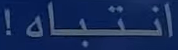
انتباه!